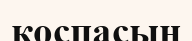
қоспасын